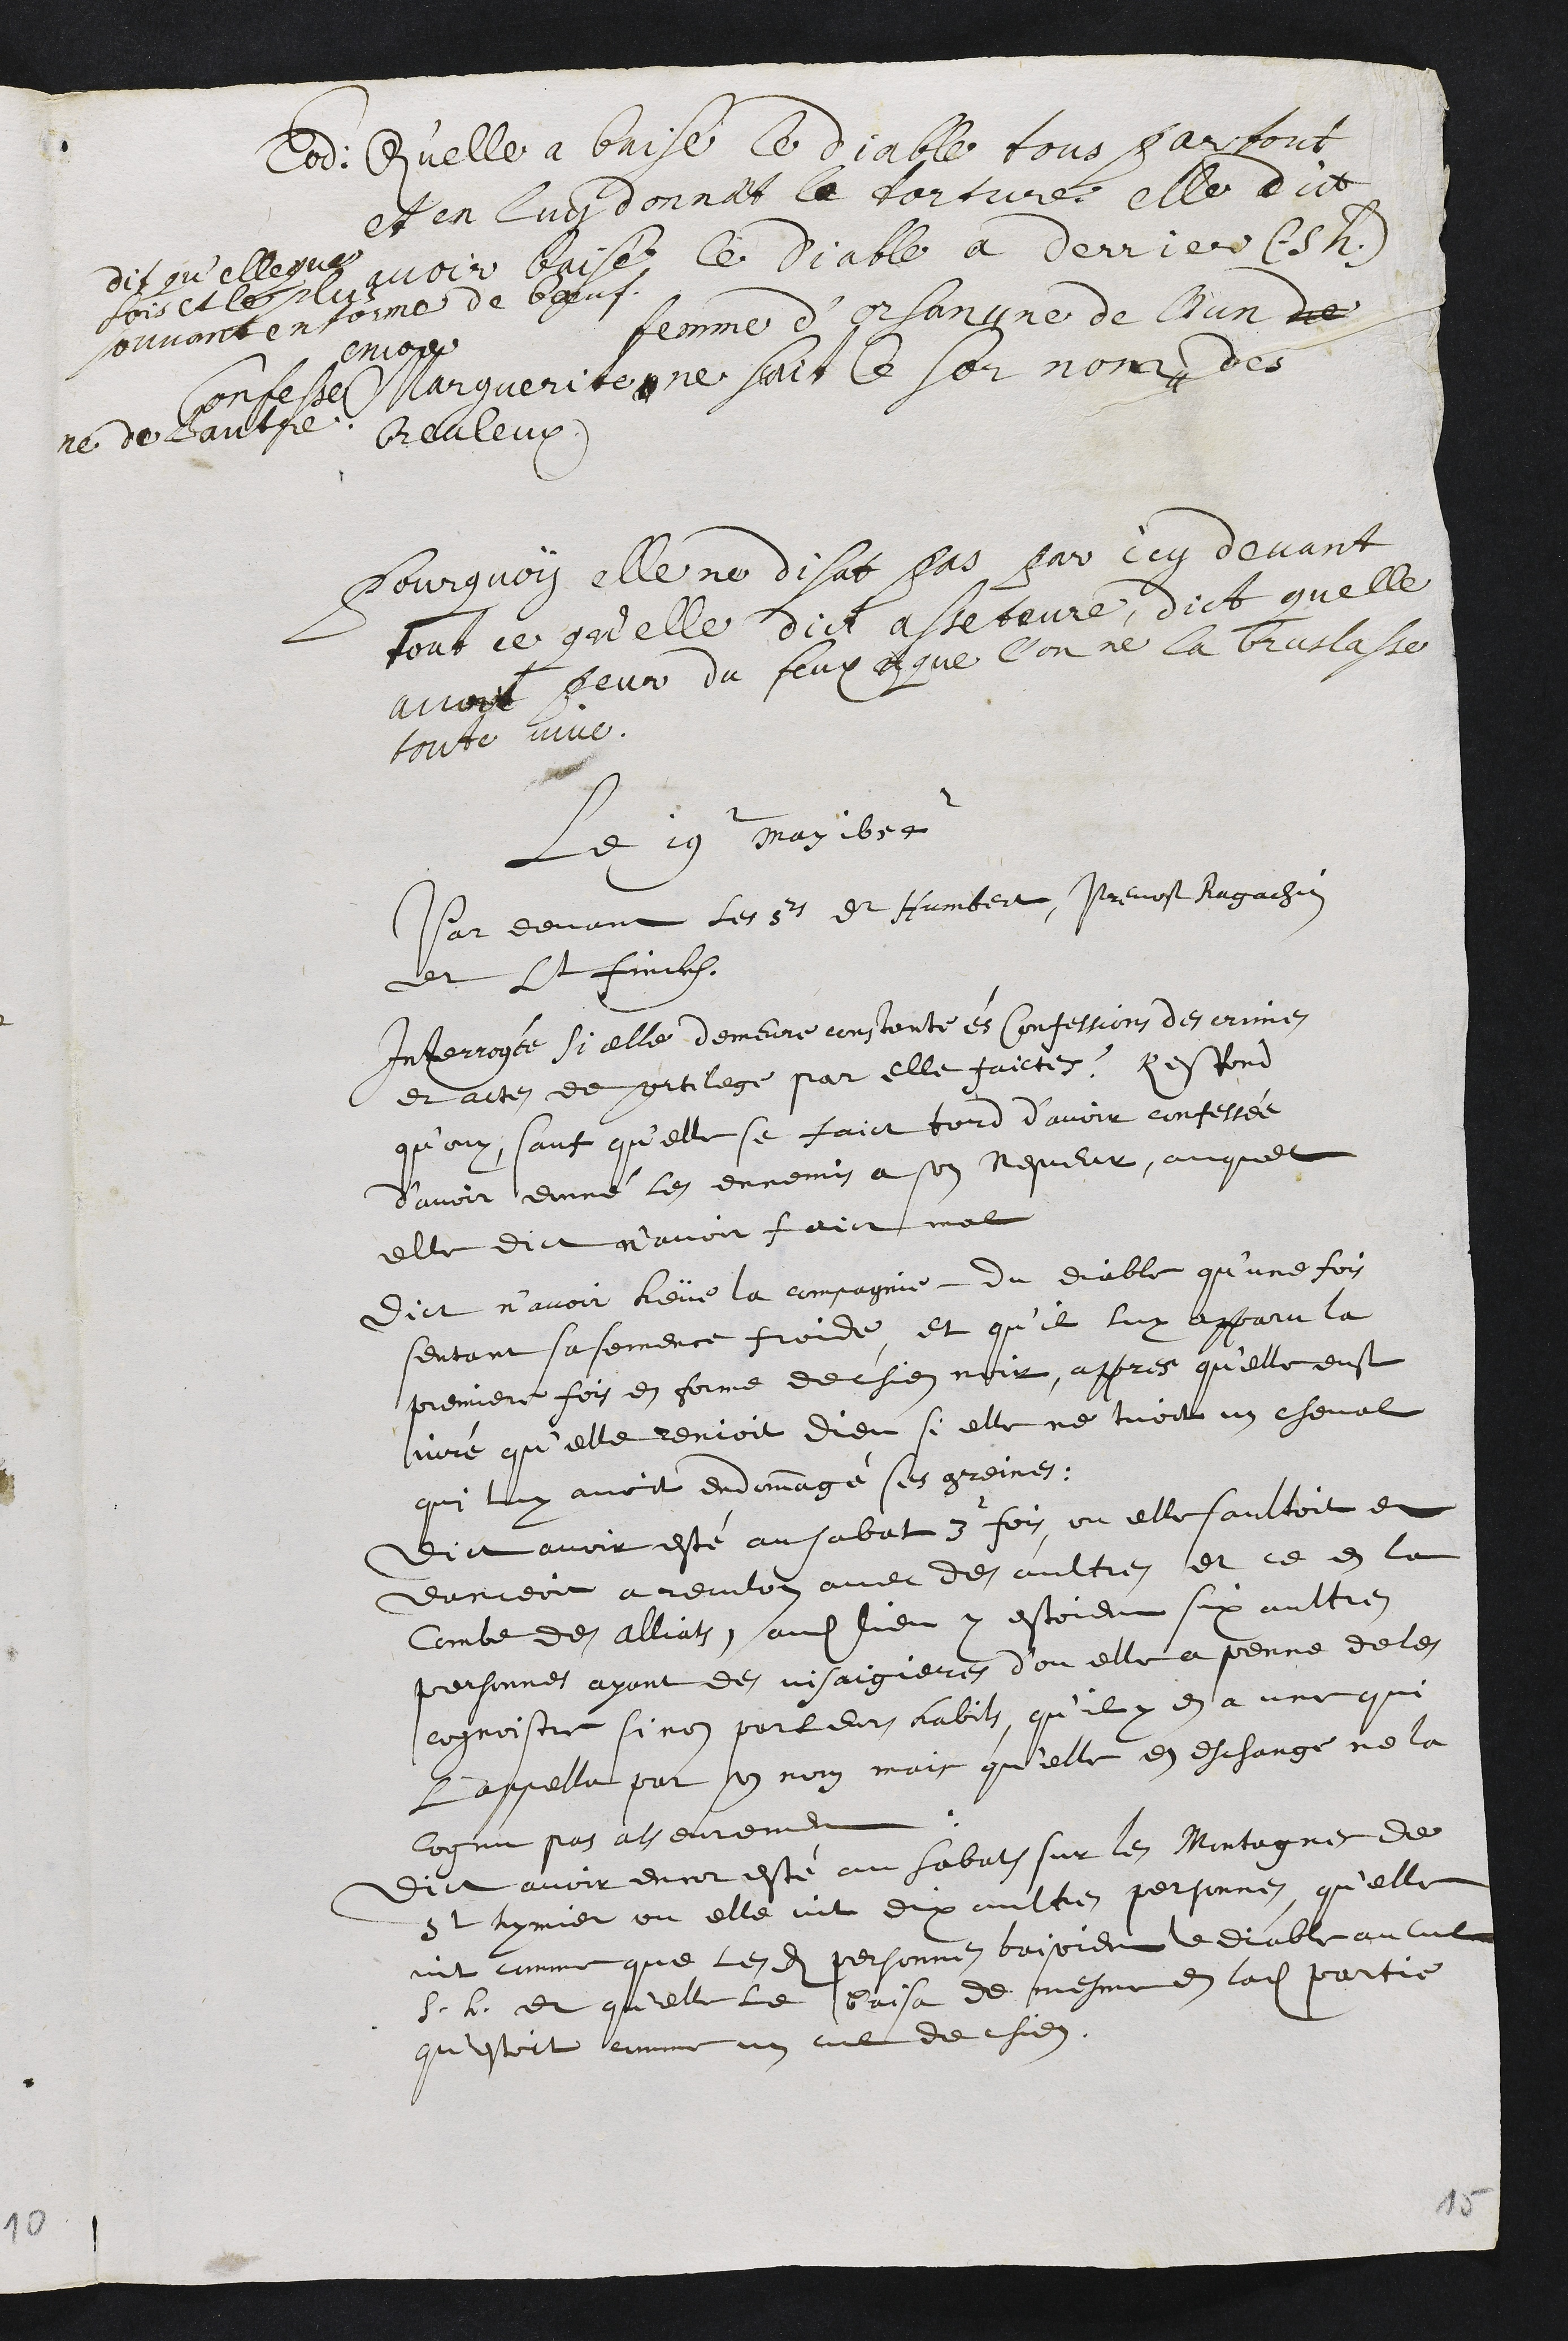
Eod: Qu’elle a baise le diable tous partout
et en luy donnant la torture elle dict
avoir baisé le Diable a derrier (s. h.)
dit qu'elleque
fois et le plus
souvant en forme de boeuf.
Confesse
encore
Marguerite
femme d’Orsan
ne scait le sornom #
# ne de l’un de
ne de lautre
des
Breuleux.
Pourquoy elle ne disat pas par icy devant
tout ce qu’elle dict asseteure, dict quelle
avoit peur du feux et que l’on ne la bruslasse
toute vive.
Le 19. May 1654
Par devant les srs dr Humbert, Prevost Ragachin
et Lt Finckh.
Interrogée, si elle demeure constante ès confessions des crimes
et actes de sortilege par elle faictes ? Respond
qu’ouy, sauf qu’elle se faict tord d’avoir confessée
d'avoir donné les ennemis a son Nepveur, auquel
elle dict n'avoir faict mal
Dict n’avoir heüe la compagnie du Diable qu’une fois
sentant sa semence froide, et quil luy apparu la
premiere fois en forme de chien noir, appres qu'elle eust
juré qu'elle renioit dieu si elle ne tuoit un cheval
qui luy avoit endommagé ses greines.
Dict avoir esté au sabat 3 fois, ou elle saultoit et
danceoit a reculon avec des aultres et ce en la
Combe des Alliats, audit lieu y estoient six aultres
personnes ayant de visaigieres d'ou elle a penne de les
cognoistre si non par leurs habits, qu'il y en a une qui
Lappella par son nom, mais qu'elle en eschange ne la
cognu pas asseurement
Dict avoir encor esté au Sabath sur les Montagnes de
St hymier ou elle vit dix aultres personnes, qu'elle
vit comme que lesdites personnes baisoient le diable au cul
S. h. et qu'elle le baisa de mesme en ladite partie
qu'estoit comme un cul de chien.
15